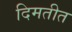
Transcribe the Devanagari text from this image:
दिमतीत